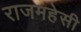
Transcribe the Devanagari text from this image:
राजमहेसी